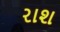
રાશ